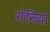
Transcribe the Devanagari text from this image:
गेनिया